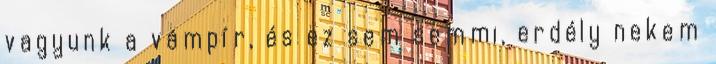
vagyunk a vámpír, és ez sem semmi, erdély nekem